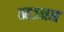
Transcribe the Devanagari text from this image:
ब्यञ्जन